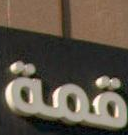
قمة